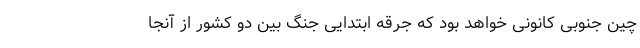
چین جنوبی کانونی خواهد بود که جرقه ابتدایی جنگ بین دو کشور از آنجا